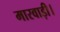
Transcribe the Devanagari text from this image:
मारवाड़ी।